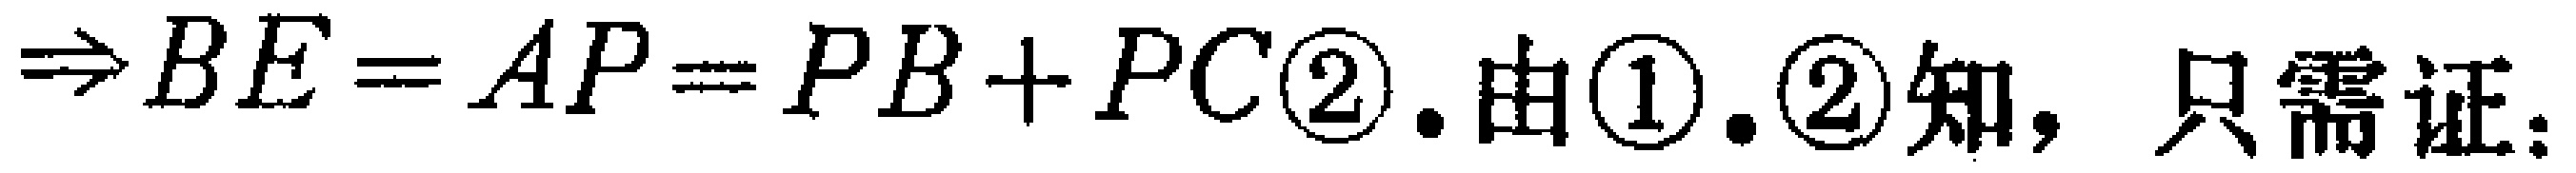
$\Rightarrow BE = AP=PB + PC\textcircled{2}.$由\textcircled{1}.\textcircled{2}知，只需证：